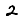
Digit: 2